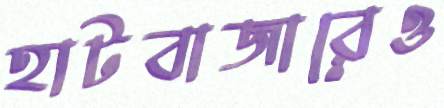
হাটবাজারেও